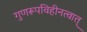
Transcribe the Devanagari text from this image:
गुणरूपविहीनत्वात्